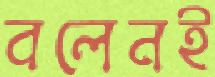
বলেনই